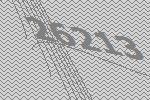
26213